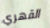
القهري